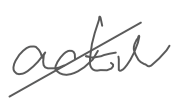
Text: active
Cross-out: diagonal
Writing tool: digital_gray